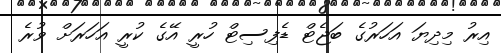
އިރު މިދިޔަ އަހަރުގެ ބަޖެޓް ޑެފިސިޓް ހުރީ އޭގެ ކުރީ އަހަރަށް ވުރެ